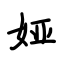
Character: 娅